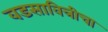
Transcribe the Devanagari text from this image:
वडसावित्रीचा